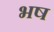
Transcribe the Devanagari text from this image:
भष